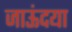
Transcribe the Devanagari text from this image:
जाऊंदया